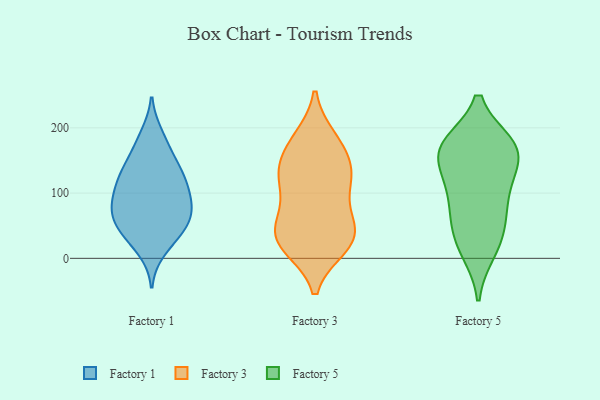
{"axis": {"x": "Gross Profit (USD K)", "y": "Value"}, "legend": ["Factory 1", "Factory 3", "Factory 5"], "data": [{"x": "", "y": 42, "type": "Factory 1"}, {"x": "", "y": 153, "type": "Factory 1"}, {"x": "", "y": 130, "type": "Factory 1"}, {"x": "", "y": 75, "type": "Factory 1"}, {"x": "", "y": 145, "type": "Factory 1"}, {"x": "", "y": 54, "type": "Factory 1"}, {"x": "", "y": 69, "type": "Factory 1"}, {"x": "", "y": 49, "type": "Factory 1"}, {"x": "", "y": 83, "type": "Factory 1"}, {"x": "", "y": 13, "type": "Factory 1"}, {"x": "", "y": 85, "type": "Factory 1"}, {"x": "", "y": 84, "type": "Factory 1"}, {"x": "", "y": 124, "type": "Factory 1"}, {"x": "", "y": 51, "type": "Factory 1"}, {"x": "", "y": 102, "type": "Factory 1"}, {"x": "", "y": 189, "type": "Factory 1"}, {"x": "", "y": 116, "type": "Factory 1"}, {"x": "", "y": 27, "type": "Factory 1"}, {"x": "", "y": 180, "type": "Factory 1"}, {"x": "", "y": 120, "type": "Factory 1"}, {"x": "", "y": 121, "type": "Factory 3"}, {"x": "", "y": 73, "type": "Factory 3"}, {"x": "", "y": 34, "type": "Factory 3"}, {"x": "", "y": 121, "type": "Factory 3"}, {"x": "", "y": 54, "type": "Factory 3"}, {"x": "", "y": 28, "type": "Factory 3"}, {"x": "", "y": 23, "type": "Factory 3"}, {"x": "", "y": 117, "type": "Factory 3"}, {"x": "", "y": 178, "type": "Factory 3"}, {"x": "", "y": 134, "type": "Factory 3"}, {"x": "", "y": 170, "type": "Factory 3"}, {"x": "", "y": 137, "type": "Factory 3"}, {"x": "", "y": 18, "type": "Factory 3"}, {"x": "", "y": 55, "type": "Factory 3"}, {"x": "", "y": 183, "type": "Factory 3"}, {"x": "", "y": 24, "type": "Factory 3"}, {"x": "", "y": 170, "type": "Factory 5"}, {"x": "", "y": 152, "type": "Factory 5"}, {"x": "", "y": 172, "type": "Factory 5"}, {"x": "", "y": 44, "type": "Factory 5"}, {"x": "", "y": 82, "type": "Factory 5"}, {"x": "", "y": 121, "type": "Factory 5"}, {"x": "", "y": 56, "type": "Factory 5"}, {"x": "", "y": 174, "type": "Factory 5"}, {"x": "", "y": 173, "type": "Factory 5"}, {"x": "", "y": 19, "type": "Factory 5"}, {"x": "", "y": 11, "type": "Factory 5"}, {"x": "", "y": 124, "type": "Factory 5"}, {"x": "", "y": 91, "type": "Factory 5"}, {"x": "", "y": 168, "type": "Factory 5"}]}